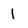
Character: 1